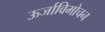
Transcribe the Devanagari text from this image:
ऊर्जाविमोचन